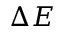
\Delta E